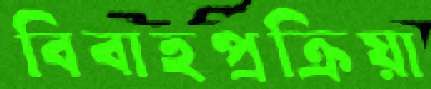
বিবাহপ্রক্রিয়া